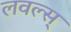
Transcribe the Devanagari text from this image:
लवल्स्